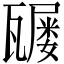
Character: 𤮒